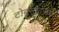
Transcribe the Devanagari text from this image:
टोक्सोटेसचे